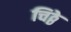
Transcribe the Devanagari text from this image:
चिठ्ठे